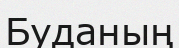
Буданың